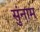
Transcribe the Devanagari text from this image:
सुंनाम